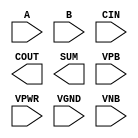
module sky130_fd_sc_lp__fahcin (
    //# {{data|Data Signals}}
    input  A   ,
    input  B   ,
    input  CIN ,
    output COUT,
    output SUM ,

    //# {{power|Power}}
    input  VPB ,
    input  VPWR,
    input  VGND,
    input  VNB
);
endmodule